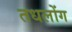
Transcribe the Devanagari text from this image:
तधलोंग